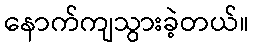
နောက်ကျသွားခဲ့တယ်။